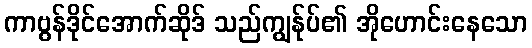
ကာဗွန်ဒိုင်အောက်ဆိုဒ် သည်ကျွန်ုပ်၏ အိုဟောင်းနေသော